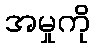
အမှုကို